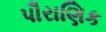
પૌરાણિક